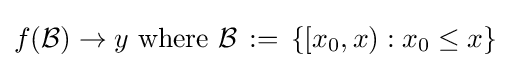
f({\mathcal {B}})\to y{\text{ where }}{\mathcal {B}}\,:=\,\left\{\left[x_{0},x\right):x_{0}\leq x\right\}